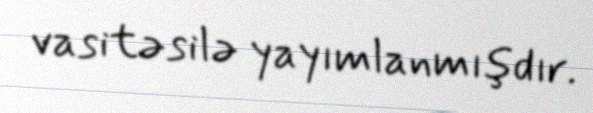
vasitəsilə yayımlanmışdır.